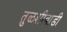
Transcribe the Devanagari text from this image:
तुळशीवाडी